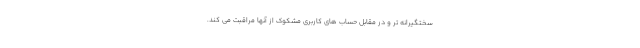
سختگیرانه تر و در مقابل حساب های کاربری مشکوک از آنها مراقبت می کند.